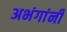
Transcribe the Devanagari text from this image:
अभंगांनी